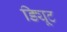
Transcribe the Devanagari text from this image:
ड्यिूट